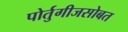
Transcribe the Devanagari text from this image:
पोर्तुगीजसोबत